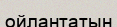
ойлантатын